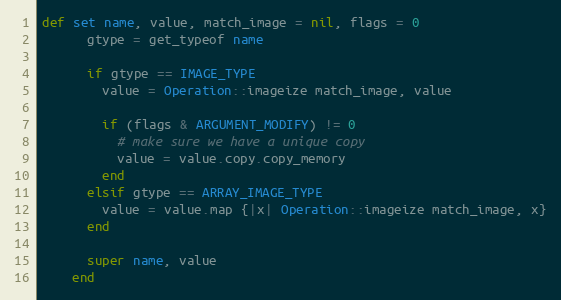
Language: Ruby
def set name, value, match_image = nil, flags = 0
      gtype = get_typeof name

      if gtype == IMAGE_TYPE
        value = Operation::imageize match_image, value

        if (flags & ARGUMENT_MODIFY) != 0
          # make sure we have a unique copy
          value = value.copy.copy_memory
        end
      elsif gtype == ARRAY_IMAGE_TYPE
        value = value.map {|x| Operation::imageize match_image, x}
      end

      super name, value
    end